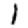
Digit: 1